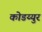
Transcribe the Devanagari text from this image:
कोडय्युर